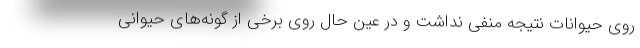
روی حیوانات نتیجه منفی نداشت و در عین حال روی برخی از گونه‌های حیوانی